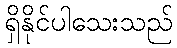
ရှိနိုင်ပါသေးသည်